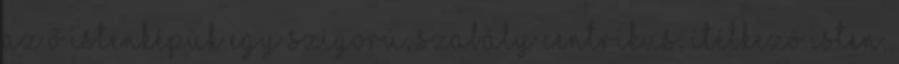
Az ő istenképük egy szigorú, szabály centrikus, ítélkező Isten,